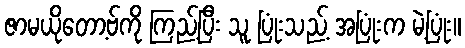
ဇာမယိုတော့ဗ်ကို ကြည့်ပြီး သူ ပြုံးသည့် အပြုံးက မဲ့ပြုံး။